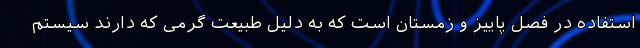
استفاده در فصل پاییز و زمستان است که به دلیل طبیعت گرمی که دارند سیستم